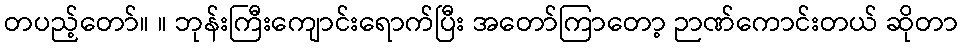
တပည့်တော်။ ။ ဘုန်းကြီးကျောင်းရောက်ပြီး အတော်ကြာတော့ ဉာဏ်ကောင်းတယ် ဆိုတာ